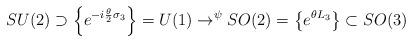
LaTeX: \begin{align*}SU(2)\supset\left\{ e^{-i\frac{\theta}{2}\sigma_{3}}\right\}=U(1)\rightarrow^{\psi}SO(2)=\left\{ e^{\theta L_{3}}\right\} \subset SO(3)\end{align*}